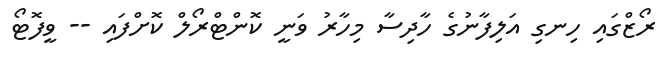
ރޯޒްގައި ހިނގި އަލިފާނުގެ ހާދިސާ މިހާރު ވަނީ ކޮންޓްރޯލް ކޮށްފައި -- ވީފޮޓޯ